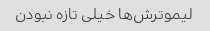
لیموترش‌ها خیلی تازه نبودن